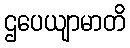
ဌပေယျာမာတိ